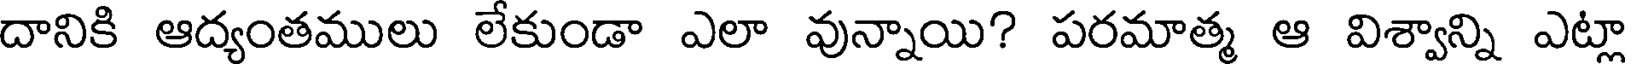
దానికి ఆద్యంతములు లేకుండా ఎలా వున్నాయి? పరమాత్మ ఆ విశ్వాన్ని ఎట్లా